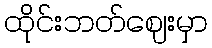
ထိုင်းဘတ်ဈေးမှာ